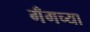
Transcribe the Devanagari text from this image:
गँगच्या